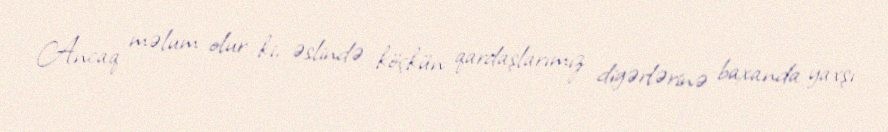
Ancaq məlum olur ki, əslində köçkün qardaşlarımız digərlərinə baxanda yaxşı